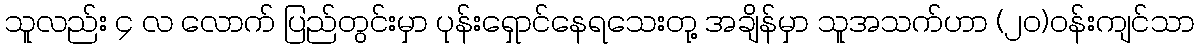
သူလည်း ၄ လ လောက် ပြည်တွင်းမှာ ပုန်းရှောင်နေရသေးတု့ အချိန်မှာ သူအသက်ဟာ (၂၀)၀န်းကျင်သာ